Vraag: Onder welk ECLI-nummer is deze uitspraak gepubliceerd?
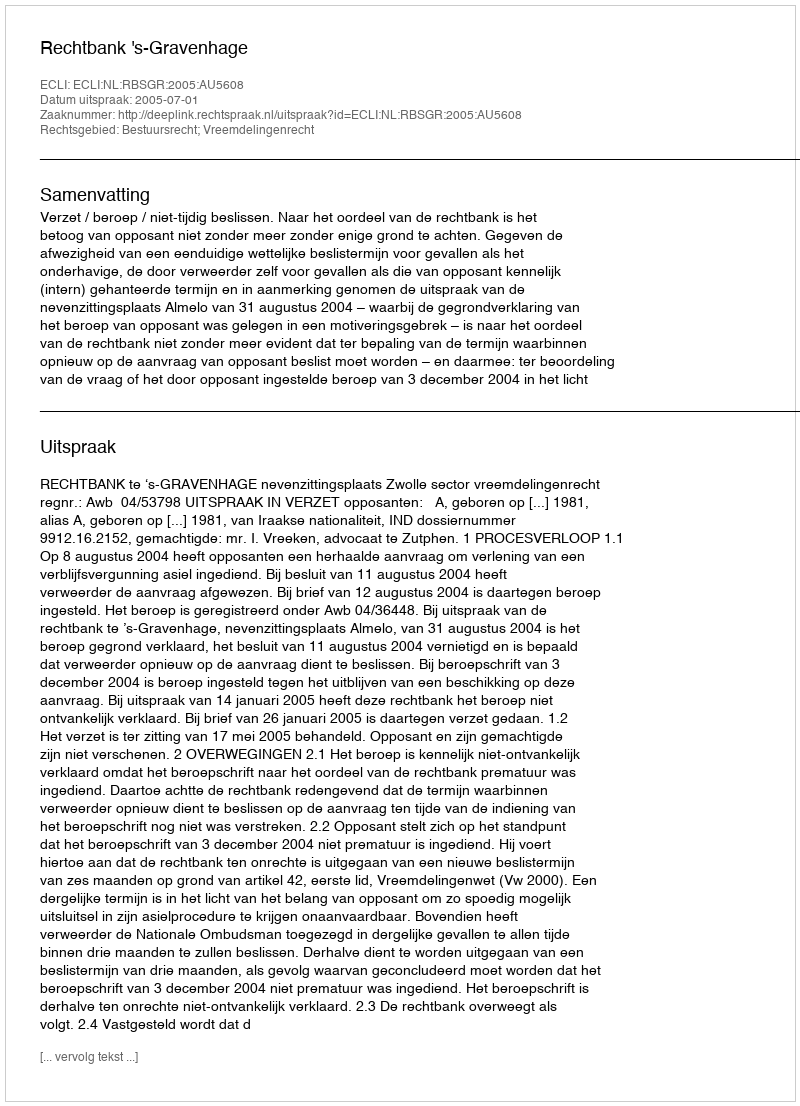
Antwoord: ECLI:NL:RBSGR:2005:AU5608